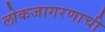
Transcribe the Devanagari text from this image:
लोकजागरणाची